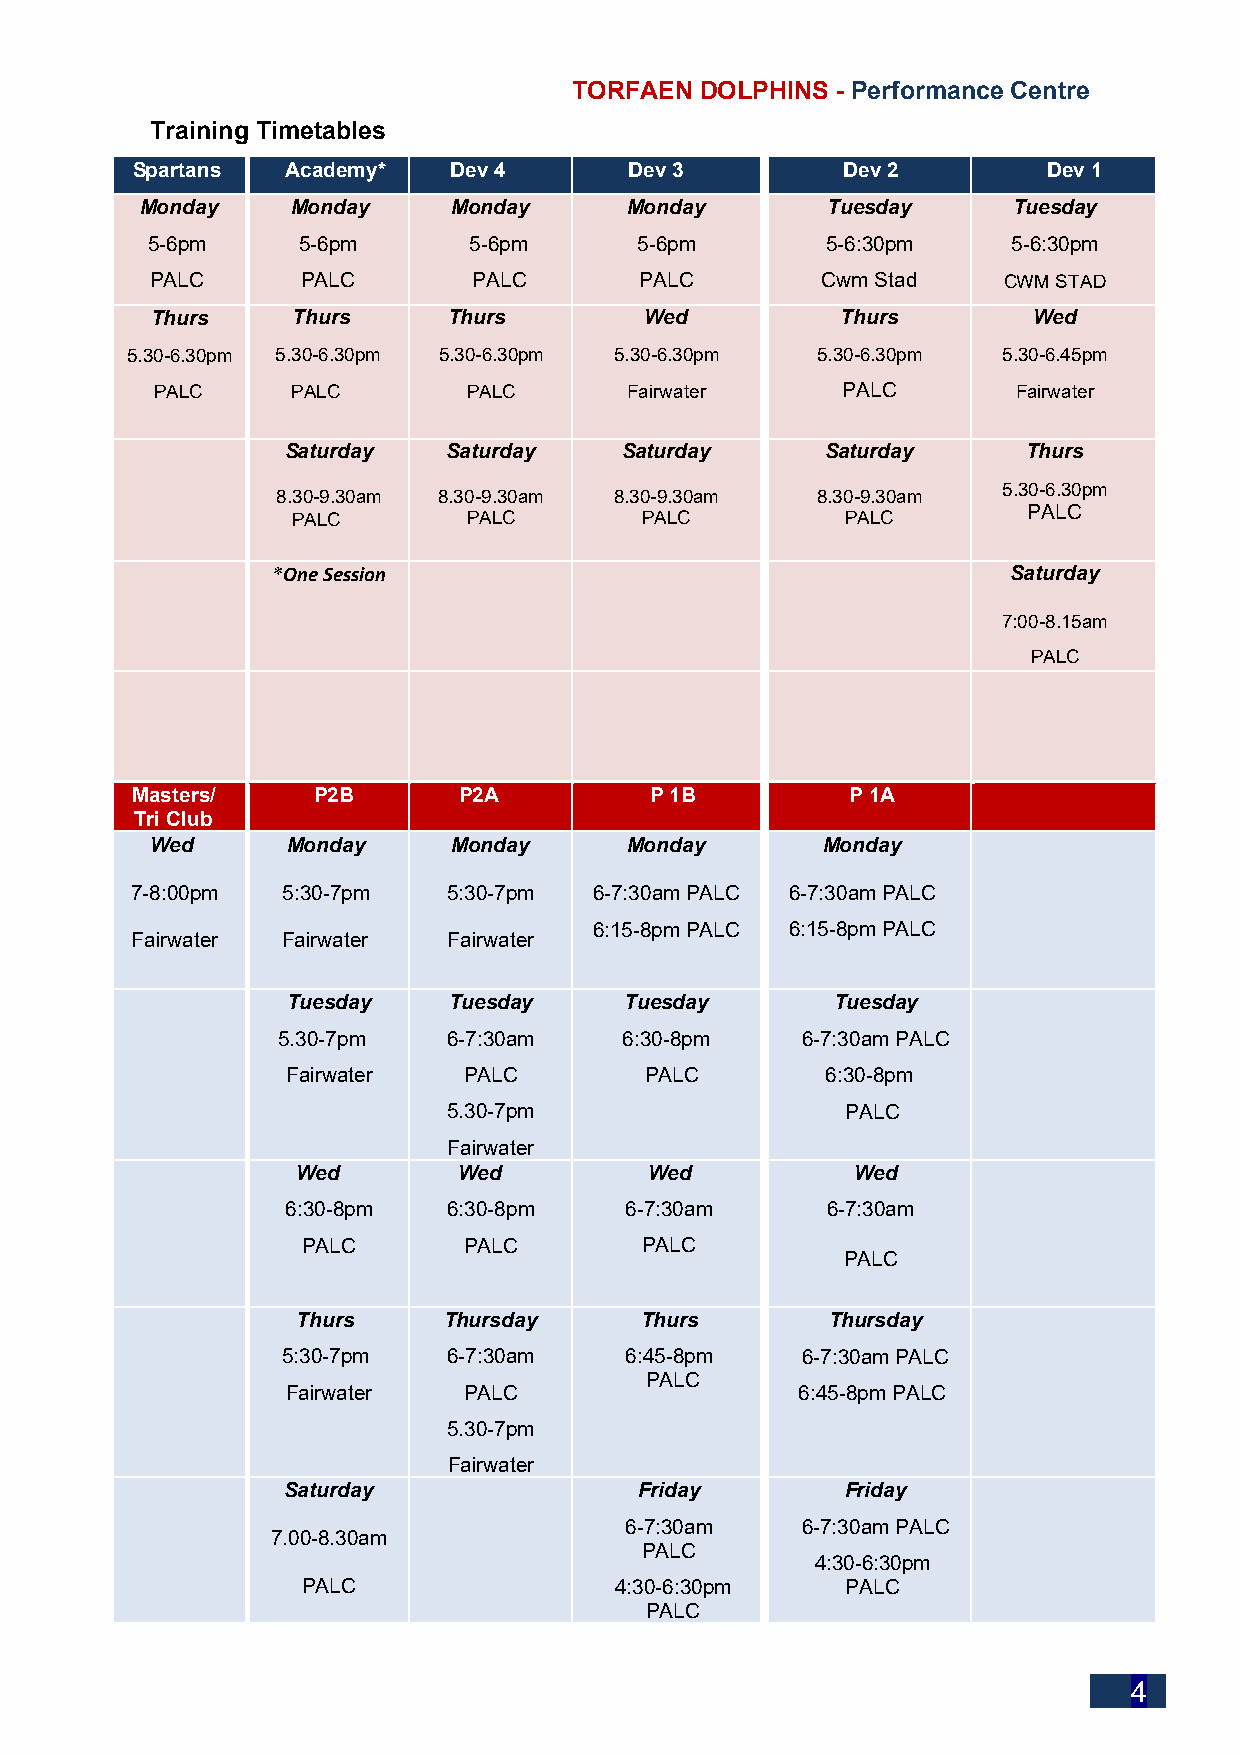
TORFAEN DOLPHINS - Performance Centre
 Training Timetables
 Spartans  Academy*   Dev 4       Dev 3         Dev 2        Dev 1
 Monday    Monday     Monday      Monday       Tuesday     Tuesday
 5-6pm     5-6pm      5-6pm      5-6pm        5-6:30pm    5-6:30pm
 PALC      PALC       PALC       PALC        Cwm Stad    CWM STAD
 Thurs    Thurs      Thurs        Wed          Thurs       Wed
 5.30-6.30pm 5.30-6.30pm 5.30-6.30pm 5.30-6.30pm 5.30-6.30pm 5.30-6.45pm
 PALC     PALC        PALC       Fairwater     PALC       Fairwater
 Saturday   Saturday   Saturday      Saturday     Thurs
 5.30-6.30pm
 8.30-9.30am 8.30-9.30am 8.30-9.30am 8.30-9.30am
 PALC        PALC        PALC         PALC
 PALC
 *One Session                                     Saturday
 7:00-8.15am
 PALC
 Masters/    P2B      P2A          P 1B         P 1A
 Tri Club
 Wed      Monday     Monday     Monday       Monday
 7-8:00pm  5:30-7pm   5:30-7pm 6-7:30am PALC 6-7:30am PALC
 6:15-8pm PALC 6:15-8pm PALC
 Fairwater Fairwater  Fairwater
 Tuesday    Tuesday    Tuesday       Tuesday
 5.30-7pm    6-7:30am   6:30-8pm    6-7:30am PALC
 Fairwater   PALC        PALC        6:30-8pm
 5.30-7pm                  PALC
 Fairwater
 Wed       Wed          Wed           Wed
 6:30-8pm   6:30-8pm   6-7:30am      6-7:30am
 PALC       PALC        PALC
 PALC
 Thurs    Thursday     Thurs        Thursday
 5:30-7pm   6-7:30am   6:45-8pm    6-7:30am PALC
 PALC
 Fairwater   PALC                  6:45-8pm PALC
 5.30-7pm
 Fairwater
 Saturday               Friday        Friday
 6-7:30am    6-7:30am PALC
 7.00-8.30am
 PALC
 4:30-6:30pm
 PALC                 4:30-6:30pm    PALC
 PALC
 4